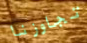
تجاوزنا